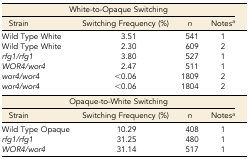
<table><thead><tr><td colspan="4"><b>White-to-Opaque Switching</b></td></tr><tr><td><b>Strain</b></td><td><b>Switching Frequency (%)</b></td><td><b><i>n</i></b></td><td><b>Notes<i><sup>a</sup></i></b></td></tr></thead><tbody><tr><td>Wild Type White</td><td>3.51</td><td>541</td><td>1</td></tr><tr><td>Wild Type White</td><td>2.30</td><td>609</td><td>2</td></tr><tr><td><i>rfg1/rfg1</i></td><td>3.80</td><td>527</td><td>1</td></tr><tr><td><i>WOR4/wor4</i></td><td>2.47</td><td>511</td><td>1</td></tr><tr><td><i>wor4/wor4</i></td><td>&lt;0.06</td><td>1809</td><td>2</td></tr><tr><td><i>wor4/wor4</i></td><td>&lt;0.06</td><td>1804</td><td>2</td></tr><tr><td colspan="4">Opaque-to-White Switching</td></tr><tr><td>Strain</td><td>Switching Frequency (%)</td><td><i>n</i></td><td>Notes<i><sup>a</sup></i></td></tr><tr><td>Wild Type Opaque</td><td>10.29</td><td>408</td><td>1</td></tr><tr><td><i>rfg1/rfg1</i></td><td>31.25</td><td>480</td><td>1</td></tr><tr><td><i>WOR4/wor4</i></td><td>31.14</td><td>517</td><td>1</td></tr></tbody></table>